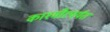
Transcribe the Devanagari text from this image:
काश्मीरपर्यंत